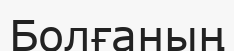
Болғаның